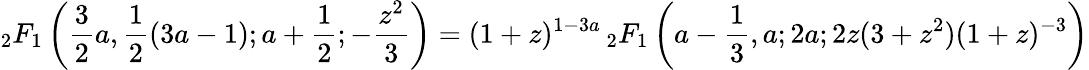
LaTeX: {}_{2}F_{1}\left({\frac{3}{2}}a,{\frac{1}{2}}(3a-1);a+{\frac{1}{2}};-{\frac{z^{2}}{3}}\right)=(1+z)^{1-3a}\, {}_{2}F_{1}\left(a-{\frac{1}{3}},a;2a;2z(3+z^{2})(1+z)^{-3}\right)